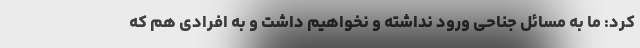
کرد: ما به مسائل جناحی ورود نداشته و نخواهیم داشت و به افرادی هم که